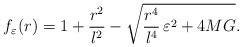
LaTeX: \begin{align*}f_{\varepsilon}(r) = 1 + {r^2 \over l^2} - \sqrt{ { r^4 \over l^4} \,\varepsilon^2 + 4 M G }. \end{align*}